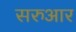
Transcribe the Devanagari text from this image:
सरुआर